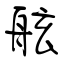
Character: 舷